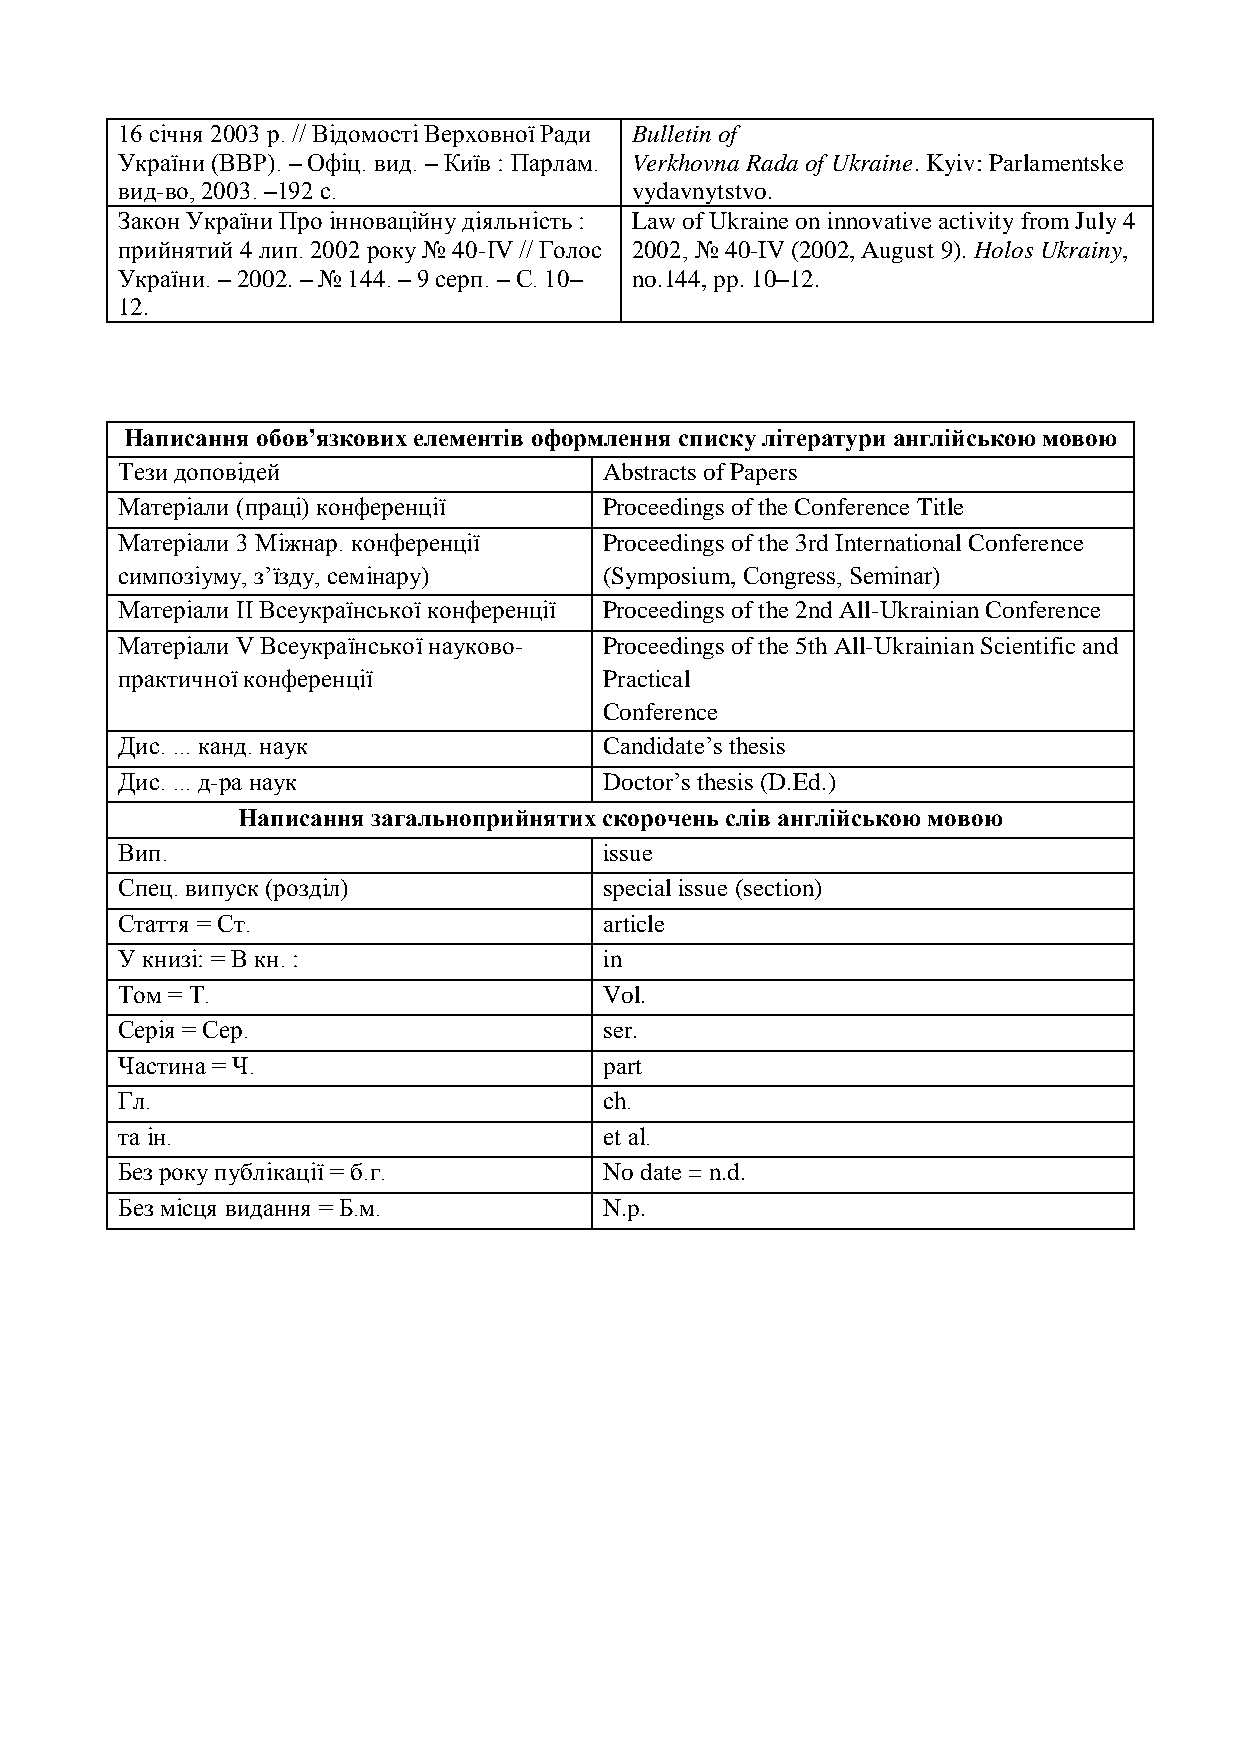
16 січня 2003 р. // Відомості Верховної Ради Bulletin of
 України (ВВР). – Офіц. вид. – Київ : Парлам. Verkhovna Rada of Ukraine. Kyiv: Parlamentske
 вид-во, 2003. –192 с.             vydavnytstvo.
 Закон України Про інноваційну діяльність : Law of Ukraine on innovative activity from July 4
 прийнятий 4 лип. 2002 року № 40-ІV // Голос 2002, № 40-IV (2002, August 9). Holos Ukrainy,
 України. – 2002. – № 144. – 9 серп. – С. 10– no.144, pp. 10–12.
 12.
 Написання обов’язкових елементів оформлення списку літератури англійською мовою
 Тези доповідей                  Abstracts of Papers
 Матеріали (праці) конференції   Proceedings of the Conference Title
 Матеріали 3 Міжнар. конференції Proceedings of the 3rd International Conference
 симпозіуму, з’їзду, семінару)   (Symposium, Сongress, Seminar)
 Матеріали II Всеукраїнської конференції Proceedings of the 2nd All-Ukrainian Conference
 Матеріали V Всеукраїнської науково- Proceedings of the 5th All-Ukrainian Scientific and
 практичної конференції          Practical
 Conference
 Дис. ... канд. наук             Candidate’s thesis
 Дис. ... д-ра наук              Doctor’s thesis (D.Ed.)
 Написання загальноприйнятих скорочень слів англійською мовою
 Вип.                            issue
 Спец. випуск (розділ)           special issue (section)
 Cтаття = Ст.                    article
 У книзі: = В кн. :              in
 Том = Т.                        Vol.
 Серія = Сер.                    ser.
 Частина = Ч.                    part
 Гл.                             сh.
 та ін.                          еt al.
 Без року публікації = б.г.      No date = n.d.
 Без місця видання = Б.м.        N.p.